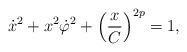
LaTeX: \begin{align*}\dot x^{2}+x^{2}\dot \varphi ^{2}+\left(\frac{x}{C}\right)^{2p}=1,\end{align*}